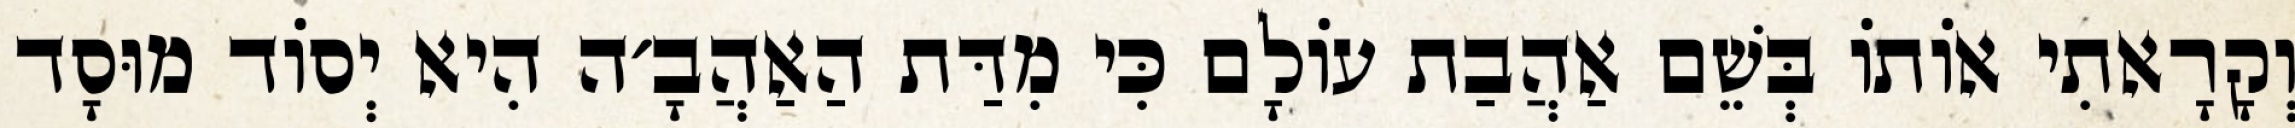
וְקָרָאתִי אוֹתוֹ בְּשֵׁם אַהֲבַת עוֹלָם כִּי מִדַּת הַאַהֲבָ׳ה הִיא יְסוֹד מוּסָד